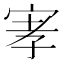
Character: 宯